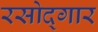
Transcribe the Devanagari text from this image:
रसोद्गार